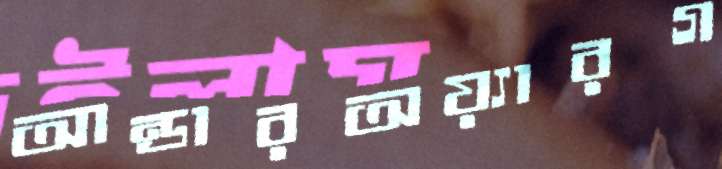
আন্ডারঅয়্যারগ